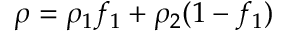
\rho = \rho _ { 1 } f _ { 1 } + \rho _ { 2 } ( 1 - f _ { 1 } )